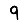
Digit: 9